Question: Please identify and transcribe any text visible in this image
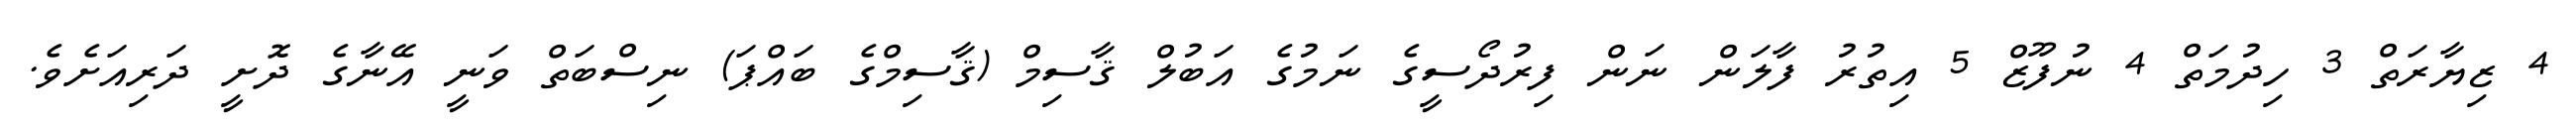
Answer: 4 ޒިޔާރަތް 3 ހިދުމަތް 4 ނުފޫޒް 5 އިތުރު ފާލަން ނަން ފިރުދޯސީގެ ނަމުގެ އަބުލް ޤާސިމް (ޤާސިމްގެ ބައްޕަ) ނިސްބަތް ވަނީ އޭނާގެ ދޮށީ ދަރިއަށެވެ.